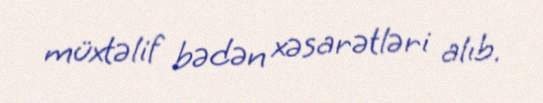
müxtəlif bədən xəsarətləri alıb.